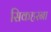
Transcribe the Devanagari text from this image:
सिकहरना